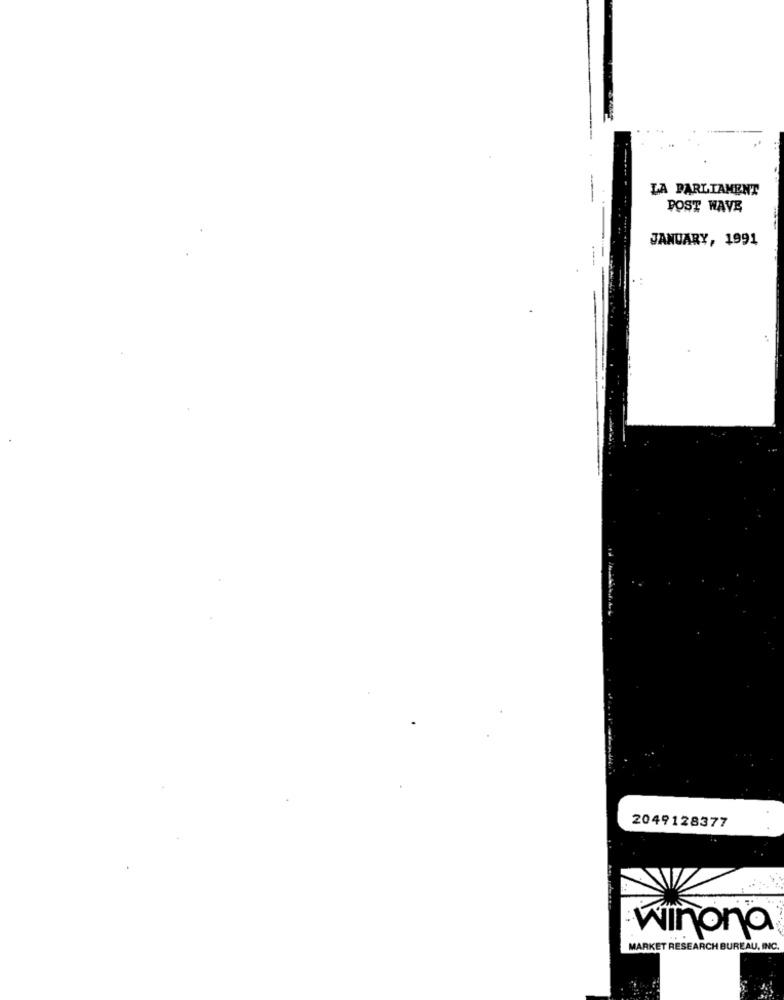
LA PARLIAMENT
POST WAVE
JANUARY, 1991
2049128377
winona
MARKET RESEARCH BUREAU, INC.